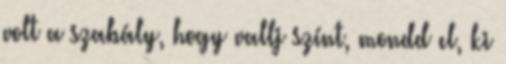
volt a szabály, hogy vallj színt, mondd el, ki